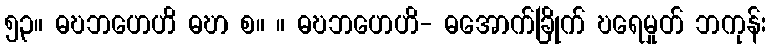
၅၃။ ဓဎဘဟေဟိ ဓဎာ စ။ ။ ဓဎဘဟေဟိ- ဓအောက်ခြိုက် ဎရေမှုတ် ဘကုန်း